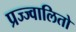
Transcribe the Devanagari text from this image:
प्रज्ज्वालितो